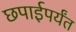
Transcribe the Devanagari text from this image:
छपाईपर्यंत